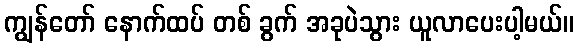
ကျွန်တော် နောက်ထပ် တစ် ခွက် အခုပဲသွား ယူလာပေးပါ့မယ်။